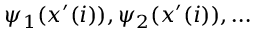
\psi _ { 1 } ( x ^ { \prime } ( i ) ) , \psi _ { 2 } ( x ^ { \prime } ( i ) ) , \ldots